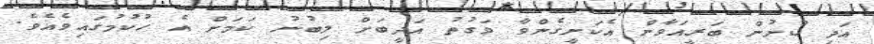
އަދި ކުށުން ބަރީއަވާން އެކަށީގެންވާ ވަގުތު އަދީބަށް ލިބުނު ކަމަށް އެ ހުކުމުގައިވެއެވެ.